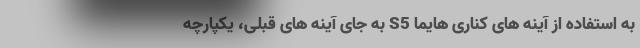
به استفاده از آینه های کناری هایما S5 به جای آینه های قبلی، یکپارچه